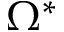
\Omega ^ { * }